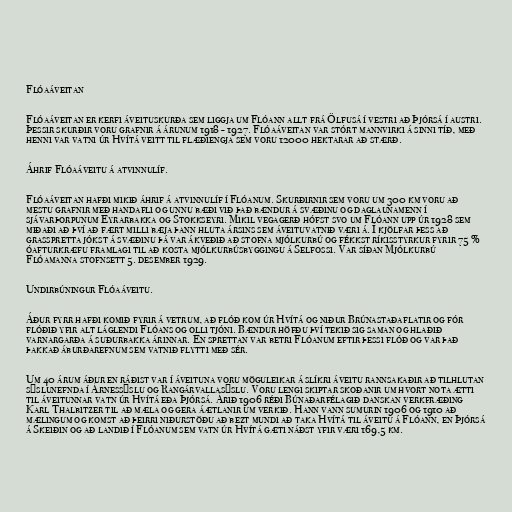
Flóaáveitan

Flóaáveitan er kerfi áveituskurða sem liggja um Flóann allt frá Ölfusá í vestri að Þjórsá í austri.
Þessir skurðir voru grafnir á árunum 1918 - 1927. Flóaáveitan var stórt mannvirki á sinni tíð, með
henni var vatni úr Hvítá veitt til flæðiengja sem voru 12000 hektarar að stærð.

Áhrif Flóaáveitu á atvinnulíf.

Flóaáveitan hafði mikið áhrif á atvinnulíf í Flóanum. Skurðirnir sem voru um 300 km voru að
mestu grafnir með handafli og unnu bæði við það bændur á svæðinu og daglaunamenn í
sjávarþorpunum Eyrarbakka og Stokkseyri. Mikil vegagerð hófst svo um Flóann upp úr 1928 sem
miðaði að því að fært milli bæja þann hluta ársins sem áveituvatnið væri á. Í kjölfar þess að
grasspretta jókst á svæðinu þá var ákveðið að stofna mjólkurbú og fékkst ríkisstyrkur fyrir 75 %
óafturkræfu framlagi til að kosta mjólkurbúsbyggingu á Selfossi. Var síðan Mjólkurbú
Flóamanna stofnsett 5. desember 1929.

Undirbúningur Flóaáveitu.

Áður fyrr hafði komið fyrir á vetrum, að flóð kom úr Hvítá og niður Brúnastaðaflatir og fór
flóðið yfir alt láglendi Flóans og olli tjóni. Bændur höfðu því tekið sig saman og hlaðið
varnargarða á suðurbakka árinnar. En sprettan var betri Flóanum eftir þessi flóð og var það
þakkað áburðarefnum sem vatnið flytti með sér.

Um 40 árum áður en ráðist var í áveituna voru möguleikar á slíkri áveitu rannsakaðir að tilhlutan
sýslunefnda í Árnessýslu og Rangárvallasýslu. Voru lengi skiptar skoðanir um hvort nota ætti
til áveitunnar vatn úr Hvítá eða Þjórsá. Árið 1906 réði Búnaðarfélagið danskan verkfræðing
Karl Thalbitzer til að mæla og gera áætlanir um verkið. Hann vann sumurin 1906 og 1910 að
mælingum og komst að þeirri niðurstöðu að bezt mundi að taka Hvítá til áveitu á Flóann, en Þjórsá
á Skeiðin og að landið í Flóanum sem vatn úr Hvítá gæti náðst yfir væri 169,5 km.